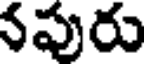
నపురు